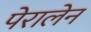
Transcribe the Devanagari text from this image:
पेरालेन